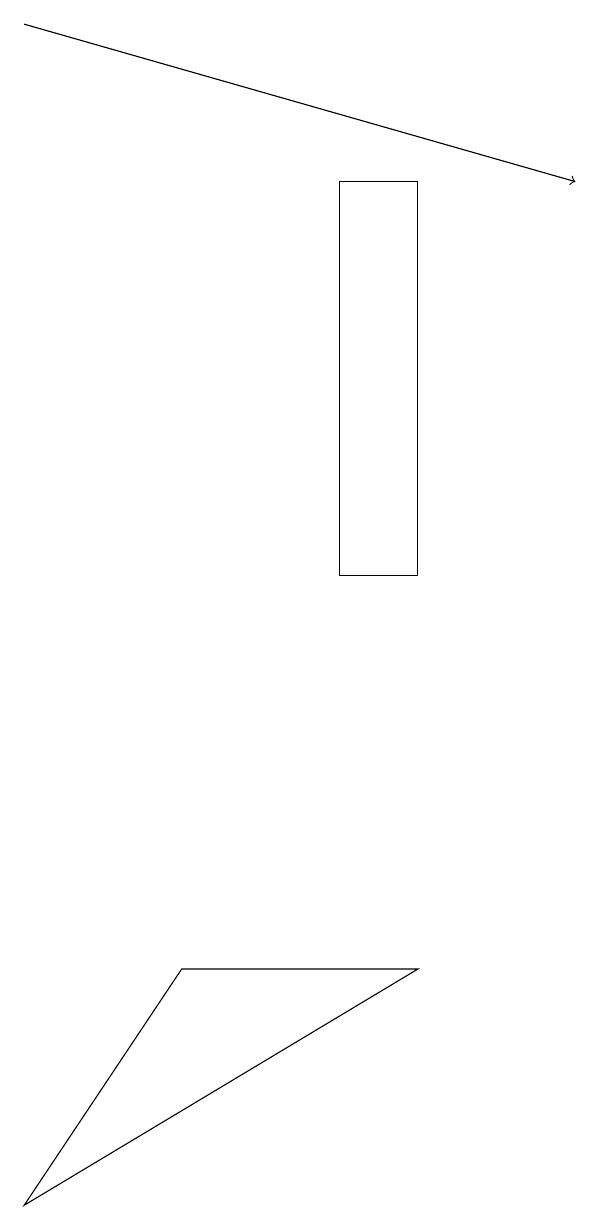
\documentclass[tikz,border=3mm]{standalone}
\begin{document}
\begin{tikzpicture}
\draw[->] (1,17) -- (8,15);
\draw (5,15) rectangle (6,10);
\draw (6,5) -- (1,2) -- (3,5) -- cycle;
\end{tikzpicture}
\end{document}